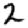
Digit: 2